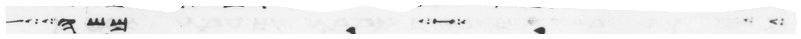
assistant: אך במשה